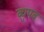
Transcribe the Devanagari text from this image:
ब्र्युपब